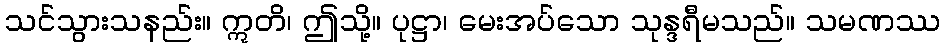
သင်သွားသနည်း။ ဣတိ၊ ဤသို့။ ပုဋ္ဌာ၊ မေးအပ်သော သုန္ဒရီမသည်။ သမဏဿ